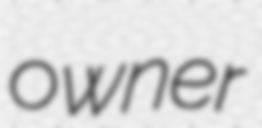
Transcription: owner